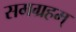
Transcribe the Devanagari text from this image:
समग्रहम्